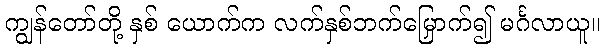
ကျွန်တော်တို့ နှစ် ယောက်က လက်နှစ်ဘက်မြှောက်၍ မင်္ဂလာယူ။